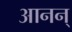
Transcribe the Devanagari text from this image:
आनन्